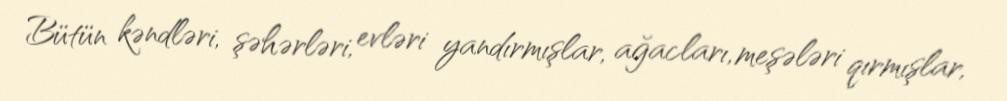
Bütün kəndləri, şəhərləri, evləri yandırmışlar, ağacları, meşələri qırmışlar,